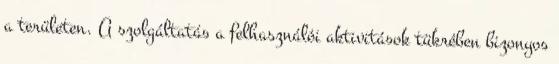
a területen. A szolgáltatás a felhasználói aktivitások tükrében bizonyos